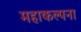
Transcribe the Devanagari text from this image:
महाकल्पना